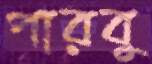
পারবু